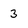
Character: 3